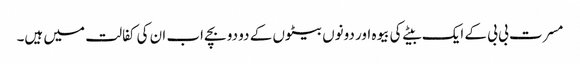
مسرت بی بی کے ایک بیٹے کی بیوہ اور دونوں بیٹوں کے دو دو بچے اب ان کی کفالت میں ہیں۔